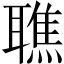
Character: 𦗠